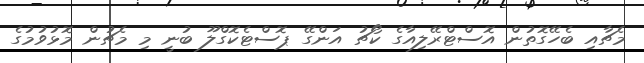
މެޗާއި ބެހޭގޮތުން އޮސްޓްރޭލިއާގެ ކޯޗު އަންގޭ ޕޮސްޓެކޮގްލޫ ބުނީ މި މެޗުން މޮޅުވުމުގެ